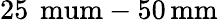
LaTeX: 25\, \mathrm{\ mum}-50\, \mathrm{mm}